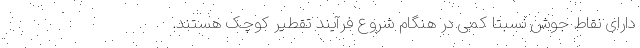
دارای نقاط جوش نسبتاً کمی در هنگام شروع فرآیند تقطیر کوچک هستند.